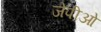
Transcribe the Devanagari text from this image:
जेपीओ